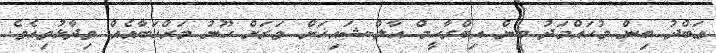
ޢަބްދު ބިން މުޙައްމަދު ބިން އިބްރާހީމް އާލް-ޝައިޚަށް ވަރަށް ހޫނު މަރްޙަބާއެއް ވިދާޅުވިއެވެ.